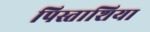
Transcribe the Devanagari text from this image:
पिस्ताशिया